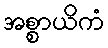
အစ္စာယိကံ